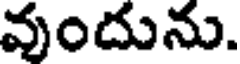
వుందును.